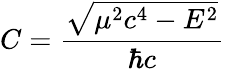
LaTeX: C={\frac{\sqrt{\mu^{2}c^{4}-E^{2}}}{\hbar c}}